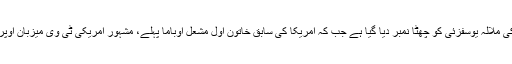
خواتین کی عالمی رینکنگ میں نوبیل کا امن انعام حاصل کرنے والی پاکستان کی ملالہ یوسفزئی کو چھٹا نمبر دیا گیا ہے جب کہ امریکا کی سابق خاتون اول مشعل اوباما پہلے، مشہور امریکی ٹی وی میزبان اوپرا ونفرے دوسرے، انجلینا جولی تیسرے اور ملکہ برطانیہ چوتھے نمبر پر ہیں۔